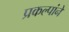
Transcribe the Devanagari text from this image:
प्रकल्पांने